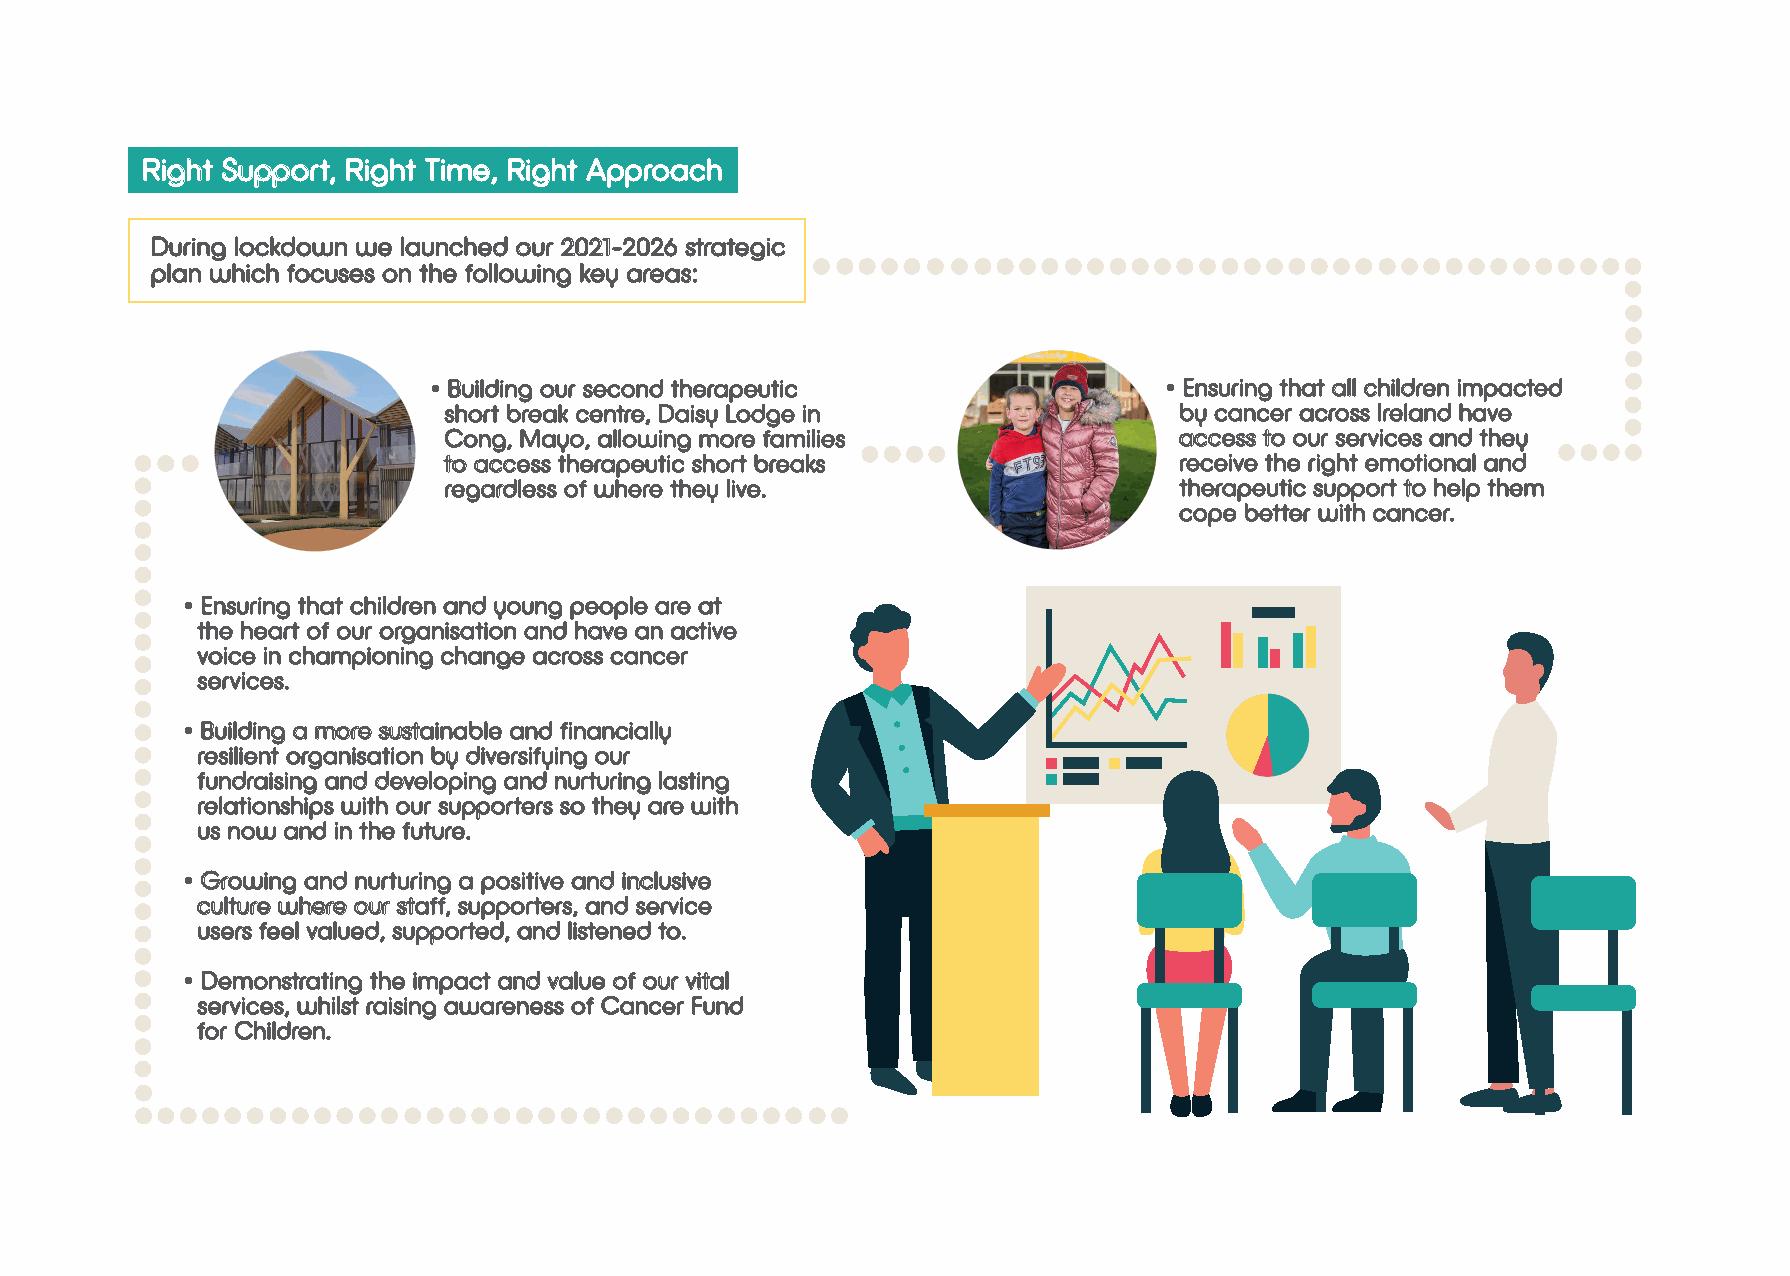
Right Support, Right Time, Right Approach
 During lockdown we launched our 2021-2026 strategic
 plan which focuses on the following key areas:
 • Building our second therapeutic                • Ensuring that all children impacted
 short break centre, Daisy Lodge in               by cancer across Ireland have
 Cong, Mayo, allowing more families               access to our services and they
 to access therapeutic short breaks               receive the right emotional and
 regardless of where they live.                   therapeutic support to help them
 cope better with cancer.
 • Ensuring that children and young people are at
 the heart of our organisation and have an active
 voice in championing change across cancer
 services.
 • Building a more sustainable and financially
 resilient organisation by diversifying our
 fundraising and developing and nurturing lasting
 relationships with our supporters so they are with
 us now and in the future.
 • Growing and nurturing a positive and inclusive
 culture where our staff, supporters, and service
 users feel valued, supported, and listened to.
 • Demonstrating the impact and value of our vital
 services, whilst raising awareness of Cancer Fund
 for Children.